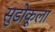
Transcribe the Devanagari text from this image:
सुडोकूला